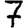
Digit: 7